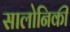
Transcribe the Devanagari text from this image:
सालोनिकी